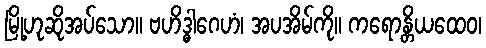
မြို့ဟုဆိုအပ်သော။ ဗဟိဒ္ဓါဂေဟံ၊ အပအိမ်ကို။ ကရောန္တိယထေဝ၊